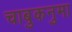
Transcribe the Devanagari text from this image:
चाबुकनुमा